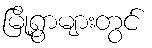
မြို့ရွာများတွင်